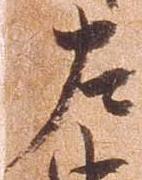
左